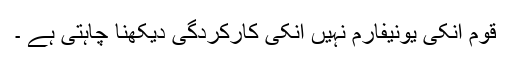
قوم انکی یونیفارم نہیں انکی کارکردگی دیکھنا چاہتی ہے ۔